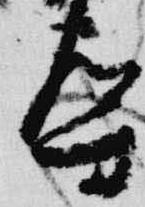
導